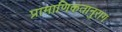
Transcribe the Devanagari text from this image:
प्रामाणिकतानुराग